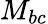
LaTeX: M_{bc}